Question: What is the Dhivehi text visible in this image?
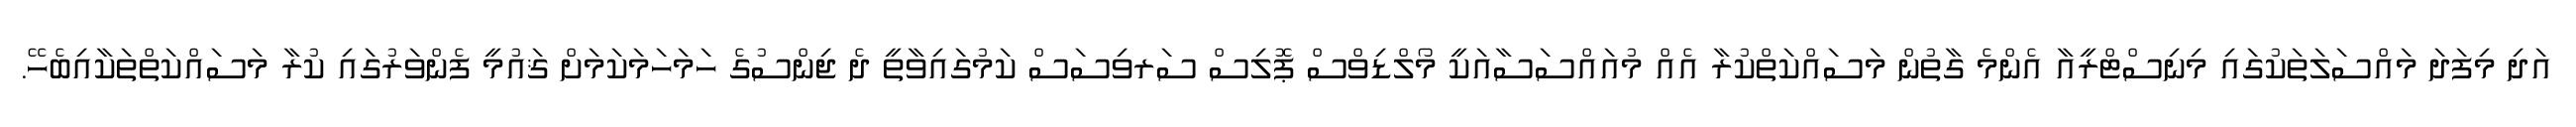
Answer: އަދި މިފަދަ މައްސަލަތަކުގައި މިނިސްޓްރީއާ އެންމެ ގާތުން މަސައްކަތްކުރާ އެއް މުއައްސަސާއަކީ މޯލްޑިވްސް ޕޮލިސް ސަރވިސަސް ކަމުގައިވާތީ ދެ ޖިންސުގެ ހަމަހަމަކަމަށް ޤައުމީ ފެންވަރުގައި ކުރާ މަސައްކަތްތަކާއިބެހޭ.